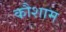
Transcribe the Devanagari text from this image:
कौशाम